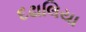
દઢાલિયા